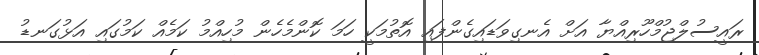
ރައީސުލްޖުމްހޫރިއްޔާ އަށް އެނގިވަޑައިގެންފައި އޮތުމަކީ ހަމަ ކޮންމެހެން މުހިއްމު ކަމެއް ކަމުގައި އަޅުގަނޑު